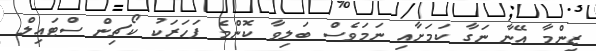
ޒިންމާ އޭނާ ނަގާ ކަމަށާއި ނަމަވެސް ބަލިވާ ކޮންމެ ފަހަރަކު ކޯޗިން ސްޓައިލް